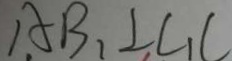
A B _ { 1 } \bot C _ { 1 } C